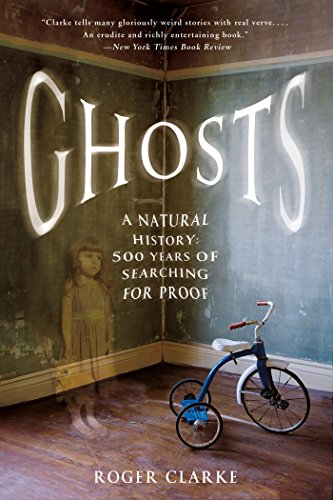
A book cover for Ghosts: A Natural History: 500 Years of Searching for Proof; Roger Clarke; Religion & Spirituality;